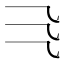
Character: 𰀰